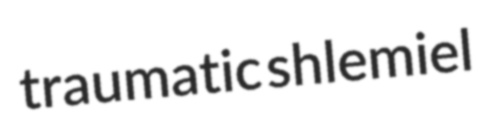
traumatic shlemiel